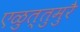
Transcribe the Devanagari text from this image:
एळुत्तुमुरै